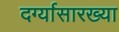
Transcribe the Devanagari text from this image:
दर्ग्यासारख्या